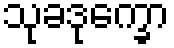
သုခဒုက္ခော